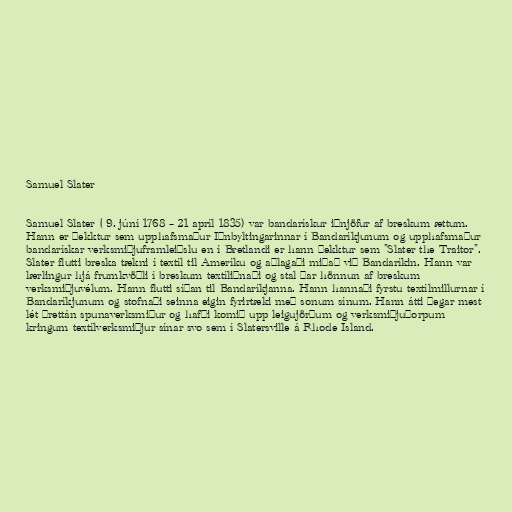
Samuel Slater

Samuel Slater ( 9. júní 1768 – 21 apríl 1835) var bandarískur iðnjöfur af breskum ættum.
Hann er þekktur sem upphafsmaður Iðnbyltingarinnar í Bandaríkjunum og upphafsmaður
bandarískar verksmiðjuframleiðslu en í Bretlandi er hann þekktur sem "Slater the Traitor".
Slater flutti breska tækni í textíl til Ameríku og aðlagaði miðað við Bandaríkin. Hann var
lærlingur hjá frumkvöðli í breskum textíliðnaði og stal þar hönnun af breskum
verksmiðjuvélum. Hann flutti síðan til Bandaríkjanna. Hann hannaði fyrstu textílmillurnar í
Bandaríkjunum og stofnaði seinna eigin fyrirtæki með sonum sínum. Hann átti þegar mest
lét þrettán spunaverksmiður og hafði komið upp leigujörðum og verksmiðjuþorpum
kringum textílverksmiðjur sínar svo sem í Slatersville á Rhode Island.